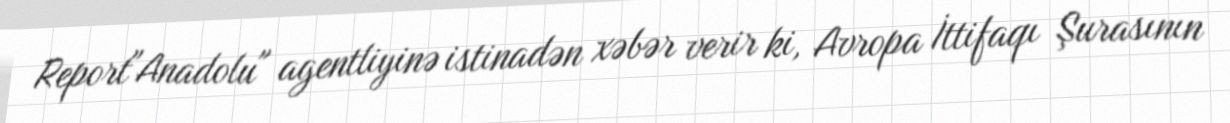
Report"Anadolu" agentliyinə istinadən xəbər verir ki, Avropa İttifaqı Şurasının